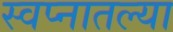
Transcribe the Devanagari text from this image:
स्वप्नातल्या